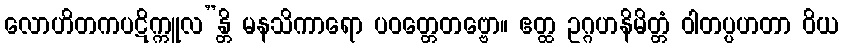
လောဟိတကပဋိက္ကူလ”န္တိ မနသိကာရော ပဝတ္တေတဗ္ဗော။ ဧတ္ထ ဥဂ္ဂဟနိမိတ္တံ ဝါတပ္ပဟတာ ဝိယ